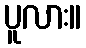
ပူလား။